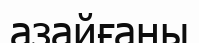
азайғаны